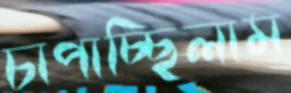
চাপাচ্ছিলাম